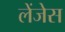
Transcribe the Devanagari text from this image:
लेंजेस